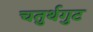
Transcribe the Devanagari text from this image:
चतुर्थगुट